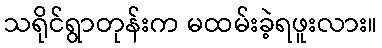
သရိုင်ရွာတုန်းက မထမ်းခဲ့ရဖူးလား။